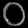
Digit: ၀